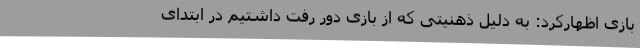
بازی اظهارکرد: به دلیل ذهنیتی که از بازی دور رفت داشتیم در ابتدای